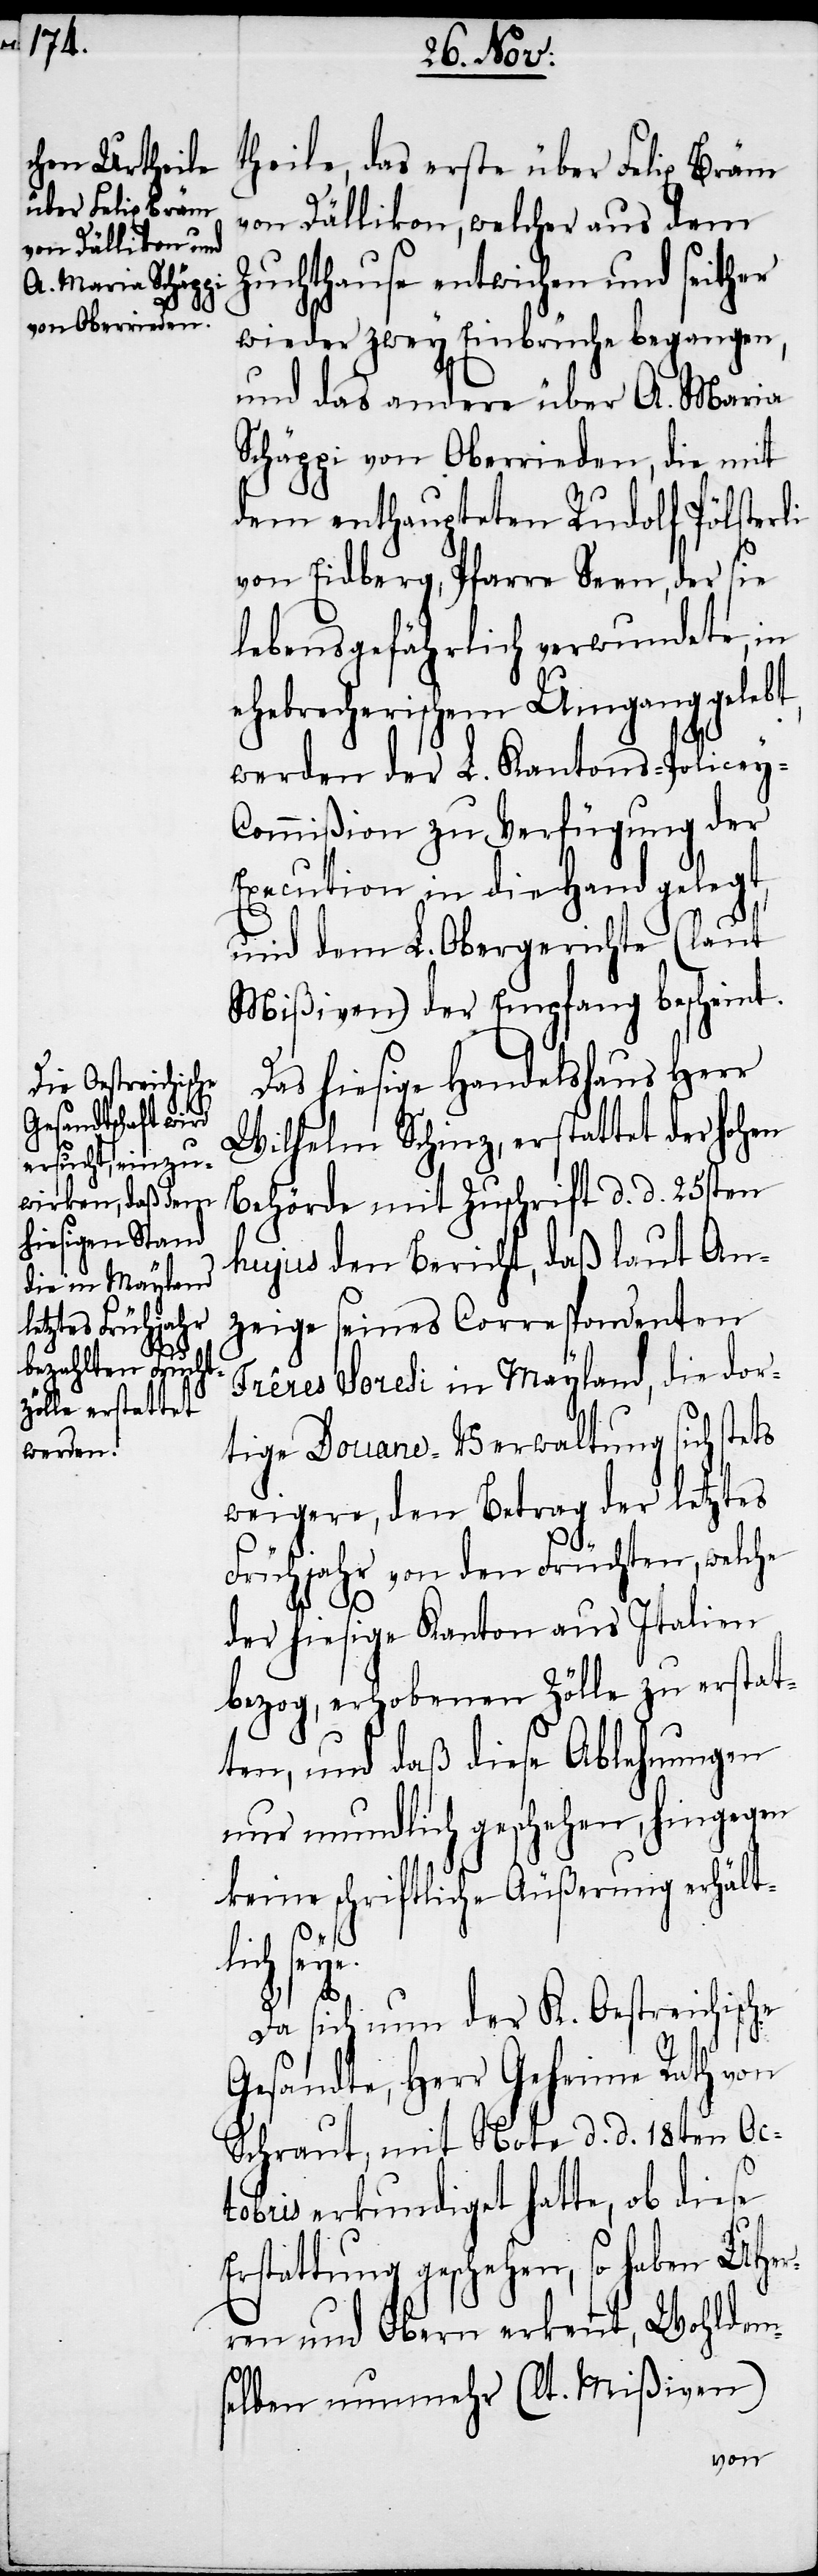
theile, das erste über Felix Bräm
von Dällikon, welcher aus dem
Zuchthause entwichen und seither
wieder zwey Einbrüche begangen,
und das andere über A. Maria
Schäppi von Oberrieden, die mit
dem enthaupteten Rudolf Pölsterli
von Eidberg, Pfarre Seen, der sie
lebensgefährlich verwundete, in
ehebrecherischem Umgang gelebt,
werden der L. Kantons-Policey-C¬
ommißion zu Verfügung der
Execution in die Hand gelegt,
und dem L. Obergerichte (laut
Mißiven) der Empfang bescheint.
Das hiesige Handelshaus Herr
Wilhelm Schinz, erstattet der hohen
Behörde mit Zuschrift d. d. 25sten
hujus den Bericht, daß laut An¬
zeige seines Correspondenten
Frêres Soresi in Mayland, die dor¬
tige Douane-Verwaltung sich stets
weigere, den Betrag der letztes
Frühjahr von den Früchten, welche
der hiesige Kanton aus Italien
bezog, erhobenen Zölle zu erstat¬
ten, und daß diese Ablehnung
nur mundlich geschehen, hingegen
keine schriftliche Äußerung erhält¬
lich seye.
Da sich nun der K. Oestreichische
Gesandte, Herr Geheime Rath von
Schraut, mit Note d. d. 18ten Oc¬
tobris erkundiget hatte, ob diese
Erstattung geschehen, so haben UHer¬
ren und Obern erkennt, Wohldem¬
selben nunmehr (lt. Mißiven)